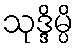
သုဒ္ဒိမ္ပိ